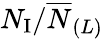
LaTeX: N_{\mathrm{I}}/\overline{{N}}_{(L)}